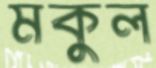
মকুল